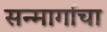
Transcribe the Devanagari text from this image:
सन्मार्गाचा